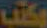
مكتب